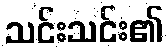
သင်းသင်း၏